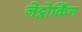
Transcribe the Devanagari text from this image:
नेट्वोर्किंग